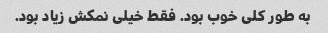
به طور کلی خوب بود. فقط خیلی نمکش زیاد بود.